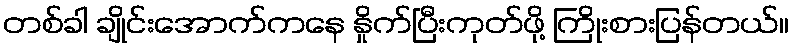
တစ်ခါ ချိုင်းအောက်ကနေ နှိုက်ပြီးကုတ်ဖို့ ကြိုးစားပြန်တယ်။